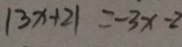
\vert 3 x + 2 \vert = - 3 x - 2